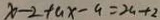
x - 2 + a x - 9 = x _ { 1 } + 2